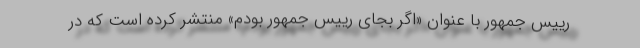
رییس جمهور با عنوان «اگر بجای رییس جمهور بودم» منتشر کرده است که در